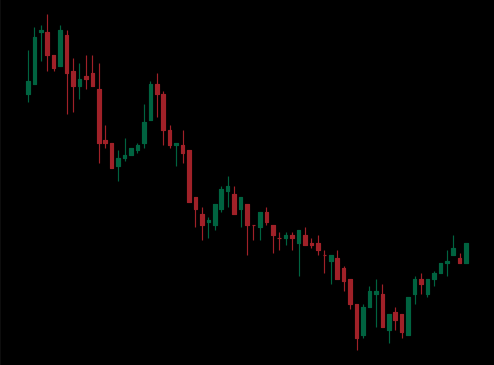
Pattern: bull_flag